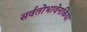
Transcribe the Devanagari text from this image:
सर्वतोभावेनकिया